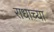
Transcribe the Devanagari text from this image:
राधाच्या